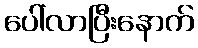
ပေါ်လာပြီးနောက်